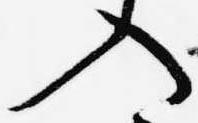
入